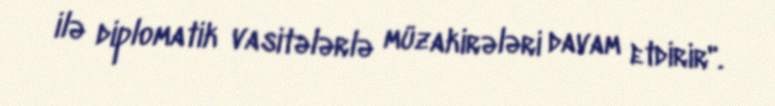
ilə diplomatik vasitələrlə müzakirələri davam etdirir".